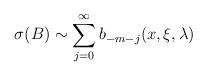
LaTeX: \begin{align*}\sigma(B)\sim\sum_{j=0}^{\infty}b_{-m-j}(x,\xi,\lambda)\,\end{align*}